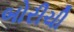
બોરીચી